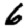
Digit: 6